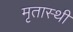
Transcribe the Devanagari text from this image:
मृतास्थी